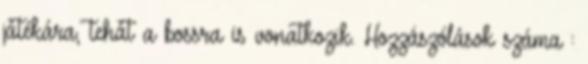
játékára, tehát a bossra is vonatkozik. Hozzászólások száma :